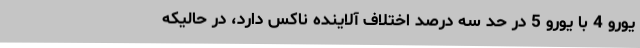
یورو 4 با یورو 5 در حد سه درصد اختلاف آلاینده ناکس دارد، در حالیکه